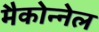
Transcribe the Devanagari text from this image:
मैकोन्नेल